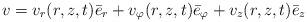
LaTeX: \begin{align*}v=v_r(r,z,t)\bar e_r+v_\varphi(r,z,t)\bar e_\varphi+v_z(r,z,t)\bar e_z\end{align*}